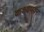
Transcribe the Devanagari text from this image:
कश्यपवर